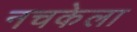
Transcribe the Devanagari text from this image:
नचकेला